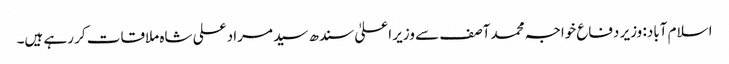
اسلام آباد: وزیر دفاع خواجہ محمد آصف سے وزیر اعلیٰ سندھ سید مراد علی شاہ ملاقات کر رہے ہیں۔